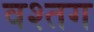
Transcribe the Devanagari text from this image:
वश्तग